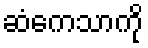
ဆံကေသာကို